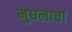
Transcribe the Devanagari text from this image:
मुघलाचा